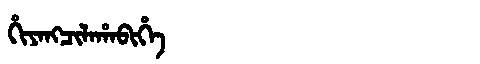
Manchu: ᡥᡳᠶᠠᠩᠴᡳᠯᠠᡥᠠᠪᡳᡥᡝ
Romanization: HIYANGCILAHABIHE